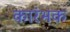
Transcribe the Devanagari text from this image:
कारंभक